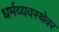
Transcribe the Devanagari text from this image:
धर्मव्यवस्थेवर